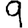
Digit: 9